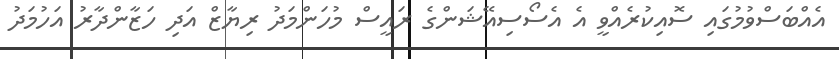
އެއްބަސްވުމުގައި ސޮއިކުރެއްވީ އެ އެސޯސިއޭޝަންގެ ރައީސް މުހަންމަދު ރިޔާޒް އަދި ހަޒާންދާރު އަހުމަދު